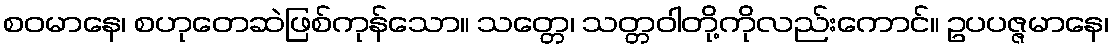
စဝမာနေ၊ စဟုတေဆဲဖြစ်ကုန်သော။ သတ္တေ၊ သတ္တဝါတို့ကိုလည်းကောင်။ ဥပပဇ္ဇမာနေ၊